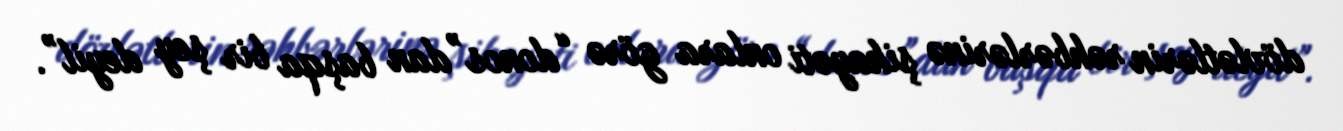
dövlətlərin rəhbərlərinə şikayəti onlara görə “donos”dan başqa bir şey deyil”.